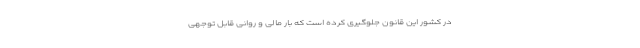
در کشور این قانون جلوگیری کرده است که بار مالی و روانی قابل توجهی